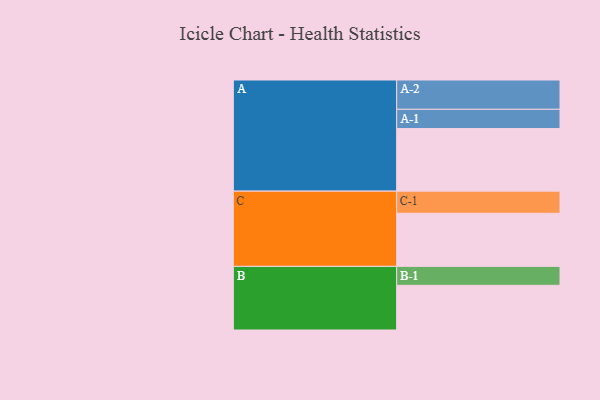
{"axis": {"x": "Segment", "y": "Value"}, "legend": ["", "A", "B", "C"], "data": [{"x": "A", "y": 594, "type": ""}, {"x": "B", "y": 424, "type": ""}, {"x": "C", "y": 504, "type": ""}, {"x": "A-1", "y": 183, "type": "A"}, {"x": "A-2", "y": 278, "type": "A"}, {"x": "B-1", "y": 180, "type": "B"}, {"x": "C-1", "y": 210, "type": "C"}]}